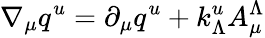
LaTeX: \nabla_{\mu}q^{u}=\partial_{\mu}q^{u}+k_{\Lambda}^{u}A_{\mu}^{\Lambda}